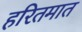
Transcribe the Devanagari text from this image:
हरितमात